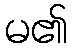
မ၏